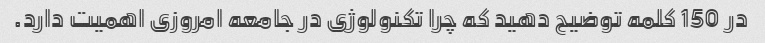
در 150 کلمه توضیح دهید که چرا تکنولوژی در جامعه امروزی اهمیت دارد.